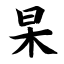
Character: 杲